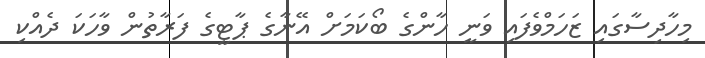
މިހާދިސާގައި ޒަހަމްވެފައި ވަނީ ހާންގެ ބޯކަމަށް އޭނާގެ ޕާޓީގެ ފަރާތުން ވާހަކަ ދެއްކި